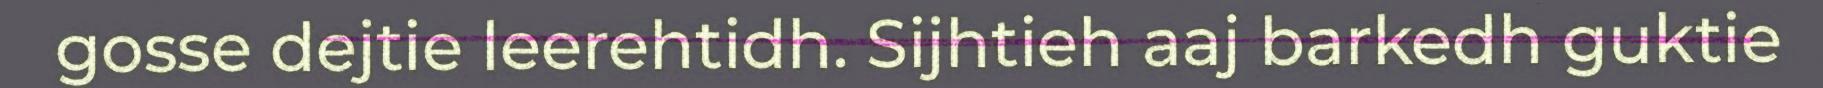
gosse dejtie leerehtidh. Sijhtieh aaj barkedh guktie